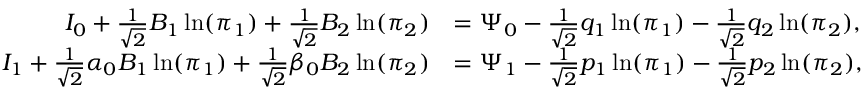
\begin{array} { r l } { I _ { 0 } + \frac { 1 } { \sqrt { 2 } } B _ { 1 } \ln ( \pi _ { 1 } ) + \frac { 1 } { \sqrt { 2 } } B _ { 2 } \ln ( \pi _ { 2 } ) } & { = \Psi _ { 0 } - \frac { 1 } { \sqrt 2 } q _ { 1 } \ln ( \pi _ { 1 } ) - \frac { 1 } { \sqrt 2 } q _ { 2 } \ln ( \pi _ { 2 } ) , } \\ { I _ { 1 } + \frac { 1 } { \sqrt { 2 } } \alpha _ { 0 } B _ { 1 } \ln ( \pi _ { 1 } ) + \frac { 1 } { \sqrt { 2 } } \beta _ { 0 } B _ { 2 } \ln ( \pi _ { 2 } ) } & { = \Psi _ { 1 } - \frac { 1 } { \sqrt 2 } p _ { 1 } \ln ( \pi _ { 1 } ) - \frac { 1 } { \sqrt 2 } p _ { 2 } \ln ( \pi _ { 2 } ) , } \end{array}